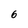
Character: 6